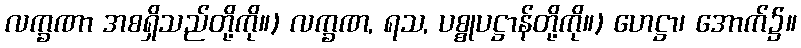
လက္ခဏာ အစရှိသည်တို့ကို။) လက္ခဏ, ရသ, ပစ္စုပဋ္ဌာန်တို့ကို။) ဟေဋ္ဌာ၊ အောက်၌။